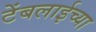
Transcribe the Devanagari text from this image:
टेंबलाईच्या